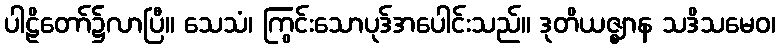
ပါဠိတော်၌လာပြီ။ သေသံ၊ ကြွင်းသောပုဒ်အပေါင်းသည်။ ဒုတိယဇ္ဈာန သဒိသမေဝ၊